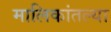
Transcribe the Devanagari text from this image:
मालिकांतल्या